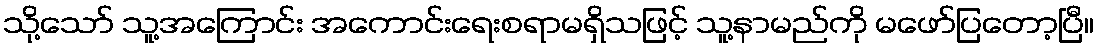
သို့သော် သူ့အကြောင်း အကောင်းရေးစရာမရှိသဖြင့် သူ့နာမည်ကို မဖော်ပြတော့ပြီ။